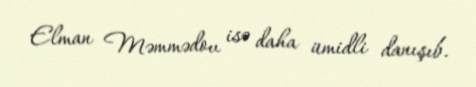
Elman Məmmədov isə daha ümidli danışıb.